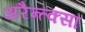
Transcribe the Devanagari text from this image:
अरैन्त्क्सा